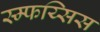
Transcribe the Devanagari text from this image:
स्म्फय्सिस